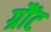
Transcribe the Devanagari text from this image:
ग्रौंट